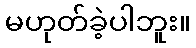
မဟုတ်ခဲ့ပါဘူး။